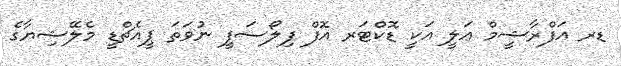
ޑރ އަފްރާޝީމް ޢަލީ އަކީ ޑޮކްޓަރ އޮފް ފިލޯސަފީ ނުވަތަ ޕީއެޗްޑީ މެލޭޝިޔާގެ